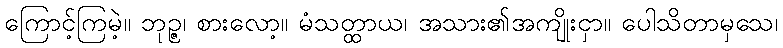
ကြောင့်ကြမဲ့။ ဘုဉ္ဇ၊ စားလော့။ မံသတ္ထာယ၊ အသား၏အကျိုးငှာ။ ပေါသိတာမှသေ၊